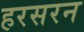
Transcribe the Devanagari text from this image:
हरसरन